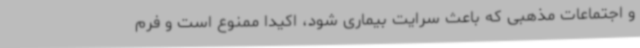
و اجتماعات مذهبی که باعث سرایت بیماری شود، اکیداً ممنوع است و فرم